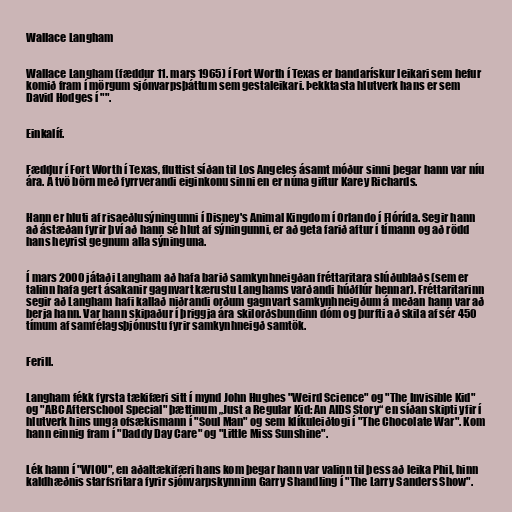
Wallace Langham

Wallace Langham (fæddur 11. mars 1965) í Fort Worth í Texas er bandarískur leikari sem hefur
komið fram í mörgum sjónvarpsþáttum sem gestaleikari. Þekktasta hlutverk hans er sem
David Hodges í "".

Einkalíf.

Fæddur í Fort Worth í Texas, fluttist síðan til Los Angeles ásamt móður sinni þegar hann var níu
ára. Á tvö börn með fyrrverandi eiginkonu sinni en er núna giftur Karey Richards.

Hann er hluti af risaeðlusýningunni í Disney's Animal Kingdom í Orlando í Flórída. Segir hann
að ástæðan fyrir því að hann sé hlut af sýningunni, er að geta farið aftur í tímann og að rödd
hans heyrist gegnum alla sýninguna.

Í mars 2000 játaði Langham að hafa barið samkynhneigðan fréttaritara slúðublaðs (sem er
talinn hafa gert ásakanir gagnvart kærustu Langhams varðandi húðflúr hennar). Fréttaritarinn
segir að Langham hafi kallað niðrandi orðum gagnvart samkynhneigðum á meðan hann var að
berja hann. Var hann skipaður í þriggja ára skilorðsbundinn dóm og þurfti að skila af sér 450
tímum af samfélagsþjónustu fyrir samkynhneigð samtök.

Ferill.

Langham fékk fyrsta tækifæri sitt í mynd John Hughes "Weird Science" og "The Invisible Kid"
og "ABC Afterschool Special" þættinum „Just a Regular Kid: An AIDS Story“ en síðan skipti yfir í
hlutverk hins unga ofsækismann í "Soul Man" og sem klíkuleiðtogi í "The Chocolate War". Kom
hann einnig fram í "Daddy Day Care" og "Little Miss Sunshine".

Lék hann í "WIOU", en aðaltækifæri hans kom þegar hann var valinn til þess að leika Phil, hinn
kaldhæðnis starfsritara fyrir sjónvarpskynninn Garry Shandling í "The Larry Sanders Show".